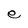
Character: e